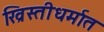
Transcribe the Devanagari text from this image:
ख्रिस्तीधर्मात